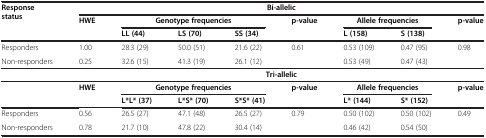
| <ROWSPAN=3> Response status | <COLSPAN=8> Bi-allelic |
 | <ROWSPAN=2> HWE | <COLSPAN=3> Genotype frequencies | <ROWSPAN=2> p-value | <COLSPAN=2> Allele frequencies | <ROWSPAN=2> p-value |
 | LL (44) | LS (70) | SS (34) | L (158) | S (138) |
 | --- | --- | --- | --- | --- | --- | --- | --- | --- |
 | Responders | 1.00 | 28.3 (29) | 50.0 (51) | 21.6 (22) | 0.61 | 0.53 (109) | 0.47 (95) | 0.98 |
 | Non-responders | 0.25 | 32.6 (15) | 41.3 (19) | 26.1 (12) |  | 0.53 (49) | 0.47 (43) |  |
 |  | <COLSPAN=8> Tri-allelic |
 |  | HWE | <COLSPAN=3> Genotype frequencies | p-value | <COLSPAN=2> Allele frequencies | p-value |
 |  |  | L*L* (37) | L*S* (70) | S*S* (41) |  | L* (144) | S* (152) |  |
 | Responders | 0.56 | 26.5 (27) | 47.1 (48) | 26.5 (27) | 0.79 | 0.50 (102) | 0.50 (102) | 0.49 |
 | Non-responders | 0.78 | 21.7 (10) | 47.8 (22) | 30.4 (14) |  | 0.46 (42) | 0.54 (50) |  |